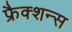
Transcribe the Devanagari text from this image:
फ्रैक्शन्स